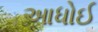
આધોઈ